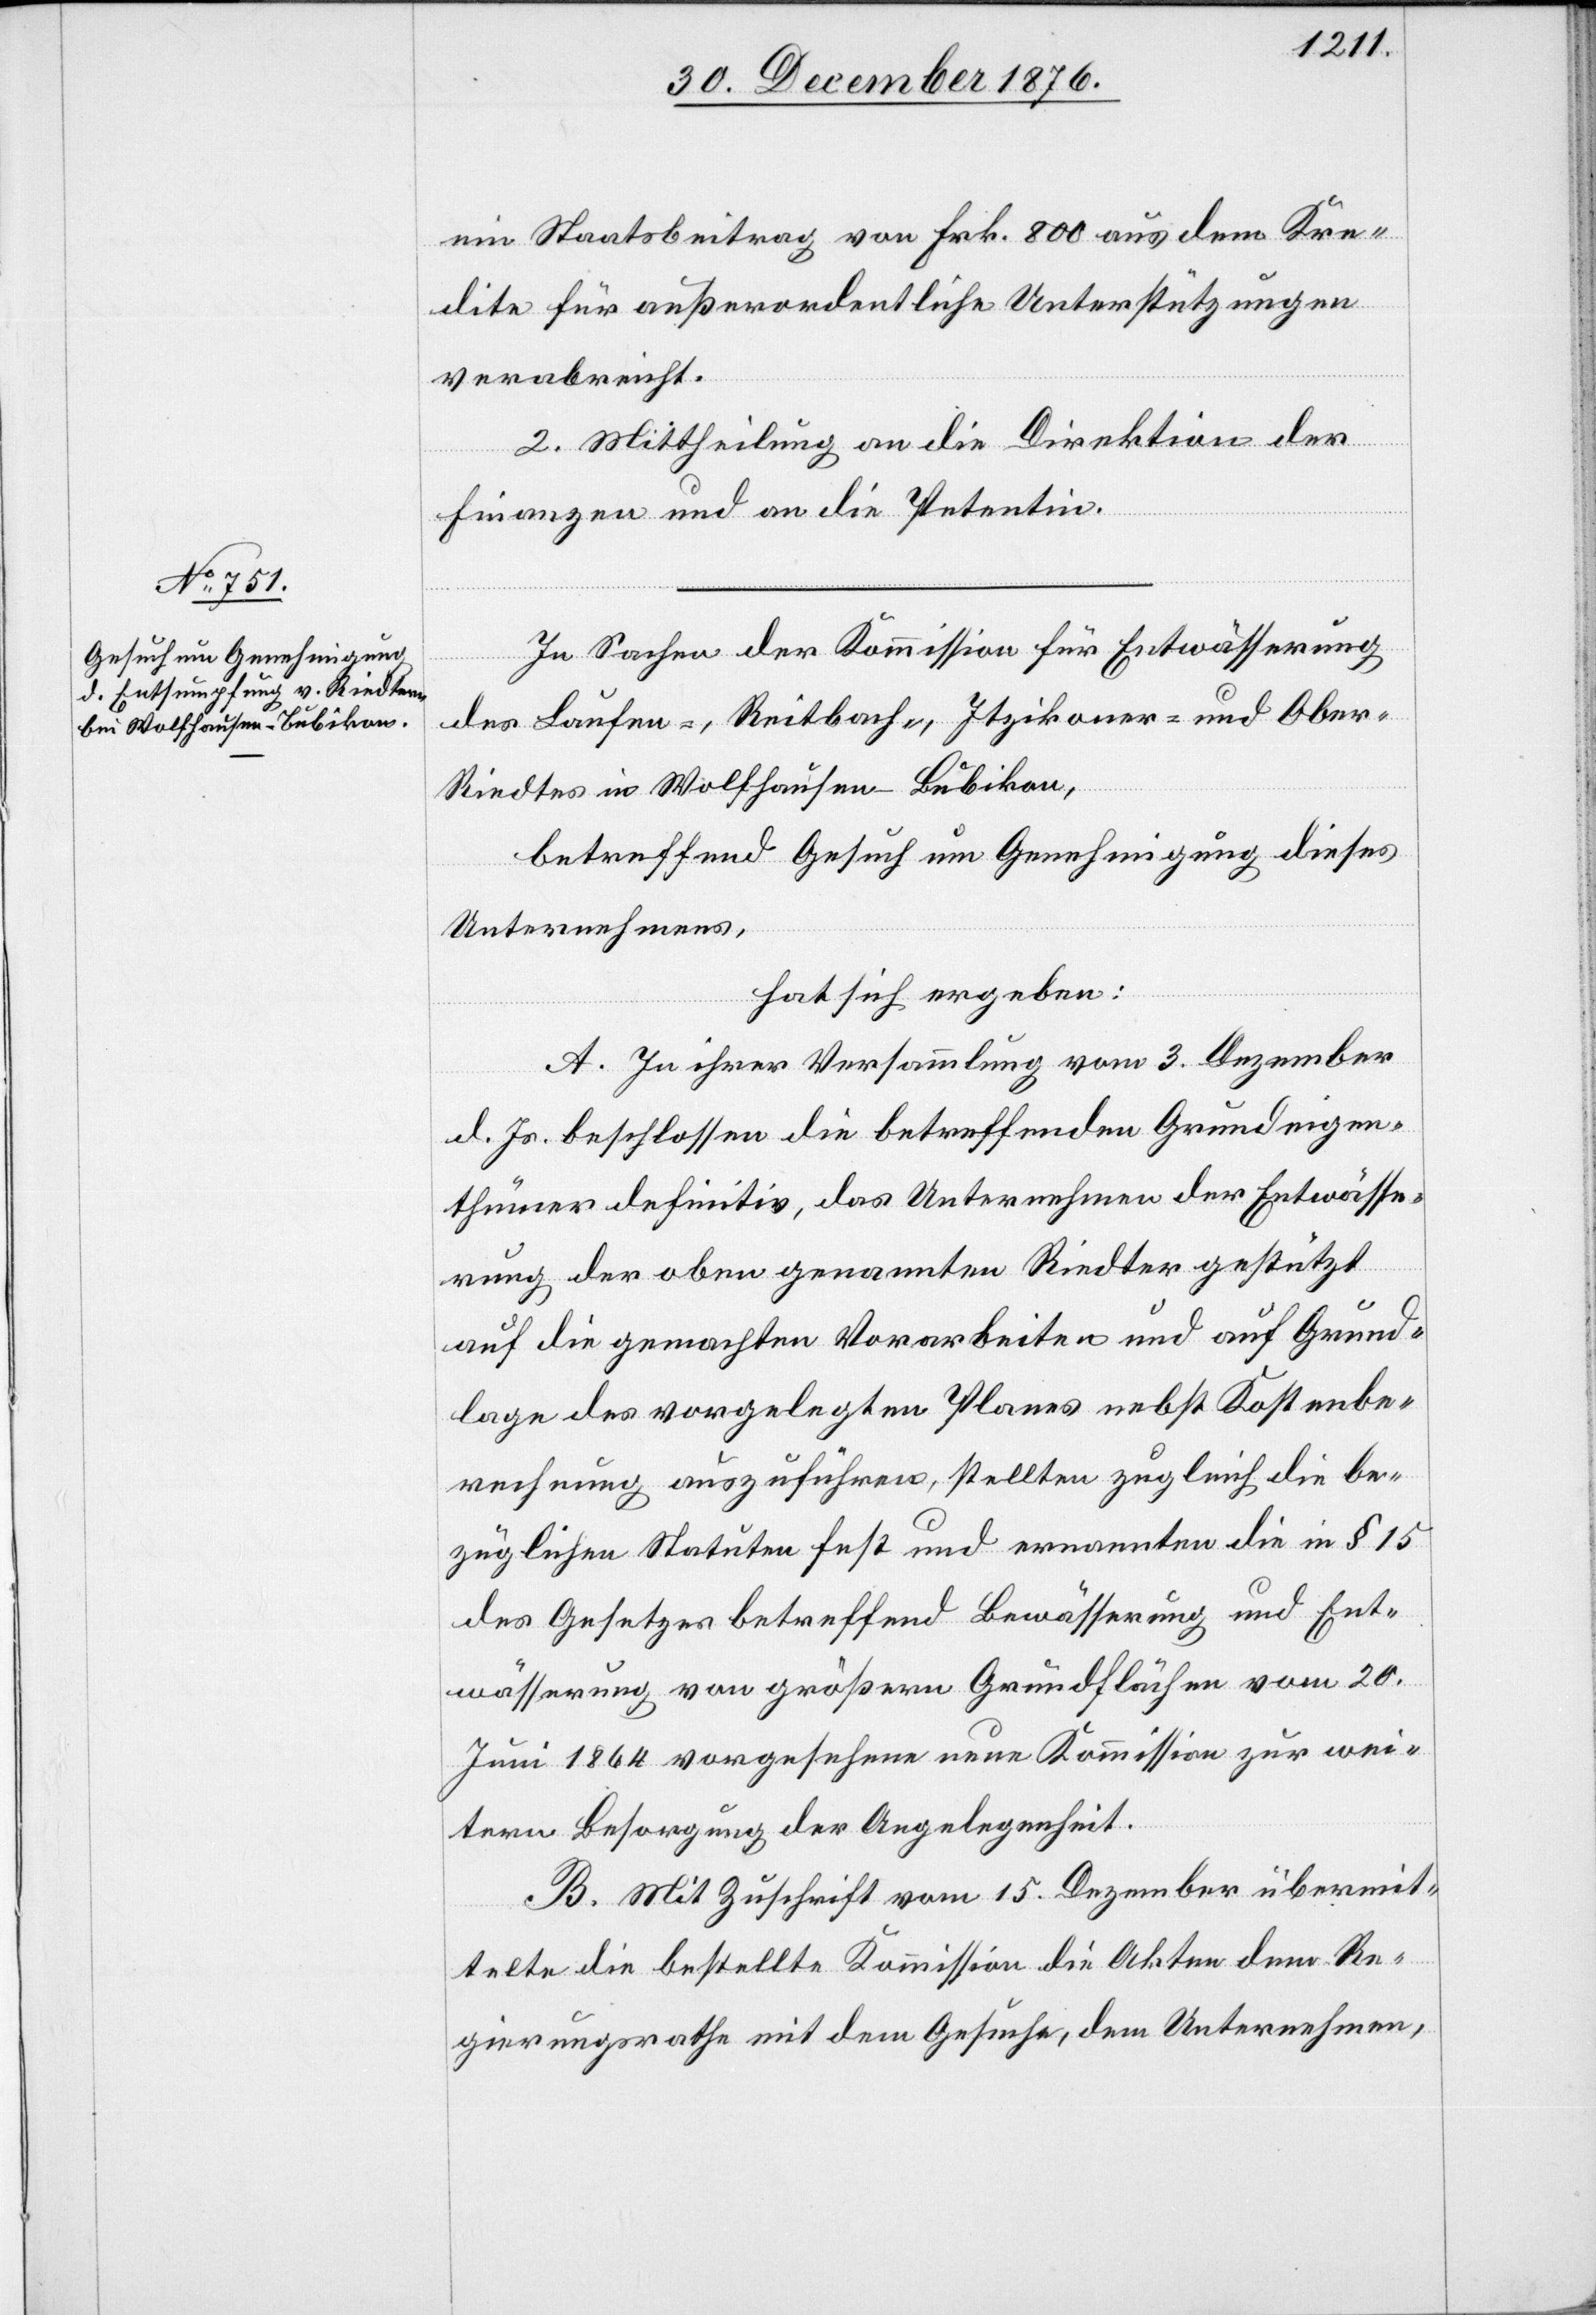
ein Staatsbeitrag von Frk. 800 aus dem Kre¬
dite für außerordentliche Unterstützungen
verabreicht.
2. Mittheilung an die Direktion der
Finanzen und an die Petentin.
In Sachen der Kommission für Entwässerung
des Laufen-, Reitbach-, Itzikoner- und Ober-R¬
iedtes in Wolfhausen - Bubikon,
betreffend Gesuch um Genehmigung dieses
Unternehmens,
hat sich ergeben:
A. In ihrer Versammlung vom 3. Dezember
d. Js. beschlossen die betreffenden Grundeigen¬
thümer definitiv, das Unternehmen der Entwässe¬
rung der oben genannten Riedter gestützt
auf die gemachten Vorarbeiten und auf Grund¬
lage des vorgelegten Planes nebst Kostenbe¬
rechnung auszuführen, stellten zugleich die be¬
züglichen Statuten fest und ernannten die in 1 15
des Gesetzes betreffend Bewässerung und Ent¬
wässerung von größern Grundflächen vom 20.
Juni 1864 vorgesehene neue Kommission zur wei¬
tern Besorgung der Angelegenheit.
B. Mit Zuschrift vom 15. Dezember übermit¬
telte die bestellte Kommission die Akten dem Re¬
gierungsrathe mit dem Gesuche, dem Unternehmen,